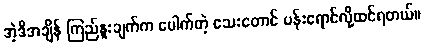
အဲ့ဒီအချိန် ကြည်နူးချက်က ပေါက်တဲ့ သေးတောင် ပန်းရောင်လို့ထင်ရတယ်။